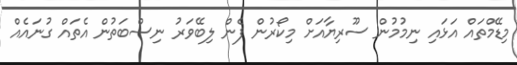
މިޑޭމްތައް އަޅައި ނިމުމުން ސޫރިޔާއަށް މިކޯރުން ފެން ލިބޭވަރު ނިސްބަތުން އެތައް ގުނައެއް